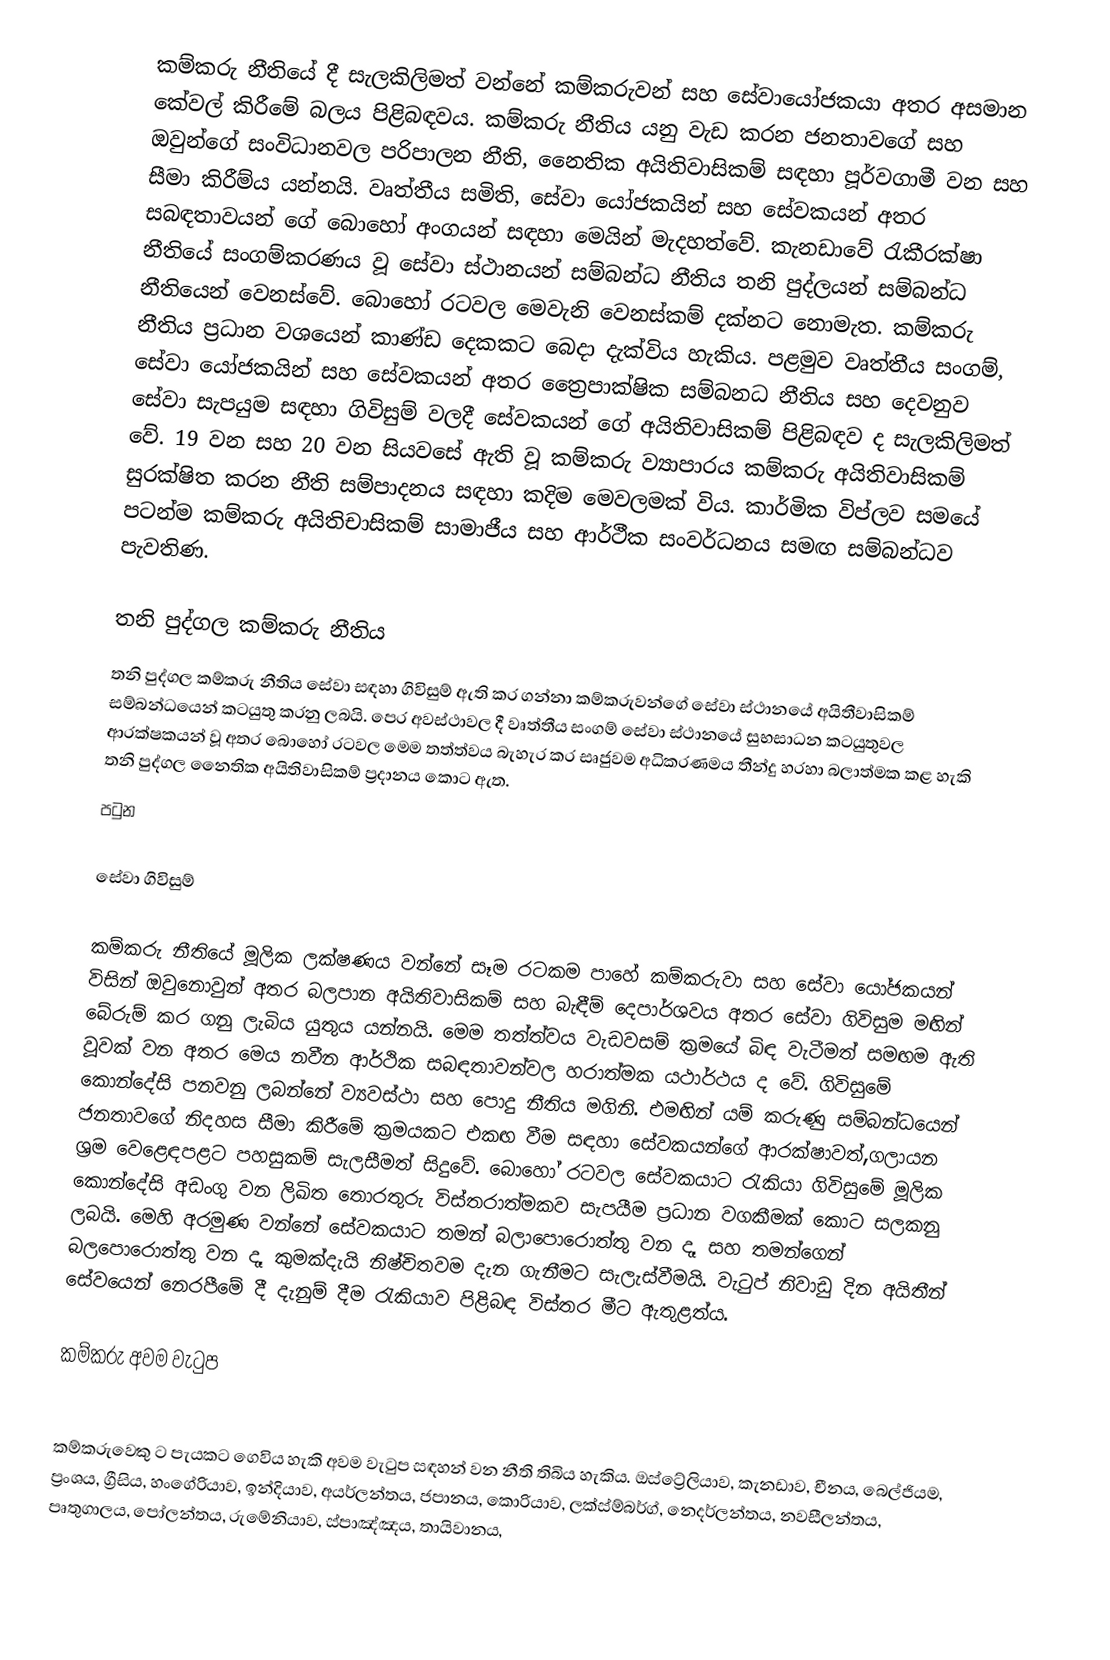
කම්කරු නීතියේ දී සැලකිලිමත් වන්නේ කම්කරුවන් සහ සේවායෝජකයා අතර අසමාන කේවල් කිරීමේ බලය පිළිබඳවය. කම්කරු නීතිය යනු වැඩ කරන ජනතාවගේ සහ ඔවුන්ගේ සංවිධානවල පරිපාලන නීති, නෛතික අයිතිවාසිකම් සඳහා පූර්වගාමී වන සහ සීමා කිරීම්ය යන්නයි. වෘත්තීය සමිති, සේවා යෝජකයින් සහ සේවකයන් අතර සබඳතාවයන් ගේ බොහෝ අංගයන් සඳහා මෙයින් මැදහත්වේ. කැනඩාවේ රැකීරක්ෂා නීතියේ සංගම්කරණය වූ සේවා ස්ථානයන් සම්බන්ධ නීතිය තනි පුද්ලයන් සම්බන්ධ නීතියෙන් වෙනස්වේ. බොහෝ රටවල මෙවැනි වෙනස්කම් දක්නට නොමැත. කම්කරු නීතිය ප්‍රධාන වශයෙන් කාණ්ඩ දෙකකට බෙදා දැක්විය හැකිය. පළමුව වෘත්තීය සංගම්, සේවා යෝජකයින් සහ සේවකයන් අතර ත්‍රෛපාක්ෂික සම්බනධ නීතිය සහ දෙවනුව සේවා සැපයුම සඳහා ගිවිසුම් වලදී සේවකයන් ගේ අයිතිවාසිකම් පිළිබඳව ද සැලකිලිමත් වේ. 19 වන සහ 20 වන සියවසේ ඇති වූ කම්කරු ව්‍යාපාරය කම්කරු අයිතිවාසිකම් සුරක්ෂිත කරන නීති සම්පාදනය සඳහා කදිම මෙවලමක් විය. කාර්මික විප්ලව සමයේ පටන්ම කම්කරු අයිතිචාසිකම් සාමාජීය සහ ආර්ථීක සංවර්ධනය සමඟ සම්බන්ධව පැවතිණ.

තනි පුද්ගල කම්කරු නීතිය
තනි පුද්ගල කම්කරු නීතිය සේවා සඳහා ගිවිසුම් ඇති කර ගන්නා කම්කරුවන්ගේ සේවා ස්ථානයේ අයිතීවාසිකම් සම්බන්ධයෙන් කටයුතු කරනු ලබයි. පෙර අවස්ථාවල දී වෘත්තීය සංගම් සේවා ස්ථානයේ සුභසාධන කටයුතුවල ආරක්ෂකයන් වූ අතර බොහෝ රටවල මෙම තත්ත්වය බැහැර කර සෘජුවම අධිකරණමය තීන්දු හරහා බලාත්මක කළ හැකි තනි පුද්ගල නෛතික අයිතිවාසිකම් ප්‍රදානය කොට ඇත.
පටුන

සේවා ගිවිසුම්

කම්කරු නීතියේ මූලික ලක්ෂණය වන්නේ සෑම රටකම පාහේ කම්කරුවා සහ සේවා යෝජකයන් විසින්  ඔවුනොවුන් අතර බලපාන අයිතිවාසිකම් සහ බැඳීම් දෙපාර්ශවය අතර සේවා ගිවිසුම මඟින් බේරුම් කර ගනු ලැබිය යුතුය යන්නයි. මෙම තත්ත්වය වැඩවසම් ක්‍රමයේ බිඳ වැටීමත් සමඟම ඇති වූවක් වන අතර මෙය නවීන ආර්ථික සබඳතාවන්වල හරාත්මක යථාර්ථය ද වේ. ගිවිසුමේ කොන්දේසි පනවනු ලබන්නේ ව්‍යවස්ථා සහ පොදු නීතිය මගිනි. එමඟින් යම් කරුණු සම්බන්ධයෙන් ජනතාවගේ නිදහස සීමා කිරීමේ ක්‍රමයකට එකඟ වීම සඳහා සේවකයන්ගේ ආරක්ෂාවත්,ගලායන ශ්‍රම වෙළෙඳපළට පහසුකම් සැලසීමත් සිදුවේ. බොහෝ රටවල සේවකයාට රැකියා ගිවිසුමේ මූලික කොන්දේසි අඩංගු වන ලිඛිත තොරතුරු විස්තරාත්මකව සැපයීම ප්‍රධාන වගකීමක් කොට සලකනු ලබයි. මෙහි අරමුණ වන්නේ සේවකයාට තමන් බලාපොරොත්තු වන දෑ සහ තමන්ගෙන් බලපොරොත්තු වන දෑ කුමක්දැයි නිෂ්චිතවම දැන ගැනීමට සැලැස්වීමයි. වැටුප් නිවාඩු දින අයිතීන් සේවයෙන් නෙරපීමේ දී දැනුම් දීම රැකියාව පිළිබඳ විස්තර මීට ඇතුළත්ය.

කම්කරු අවම වැටුප

කම්කරුවෙකු ට පැයකට ගෙවිය හැකි අවම වැටුප සඳහන් වන නීති තිබිය හැකිය. ඔස්ට්‍රේලියාව, කැනඩාව, චීනය, බෙල්ජියම, ප්‍රංශය, ග්‍රීසිය, හංගේරියාව, ඉන්දියාව, අයර්ලන්තය, ජපානය, කොරියාව, ලක්ස්ම්බර්ග්, නෙදර්ලන්තය, නවසීලන්තය, පෘතුගාලය, පෝලන්තය, රුමේනියාව, ස්පාඤ්ඤය, තායිවානය,